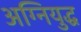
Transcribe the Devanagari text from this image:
अग्नियुद्ध